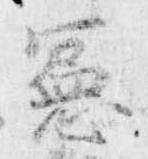
憲